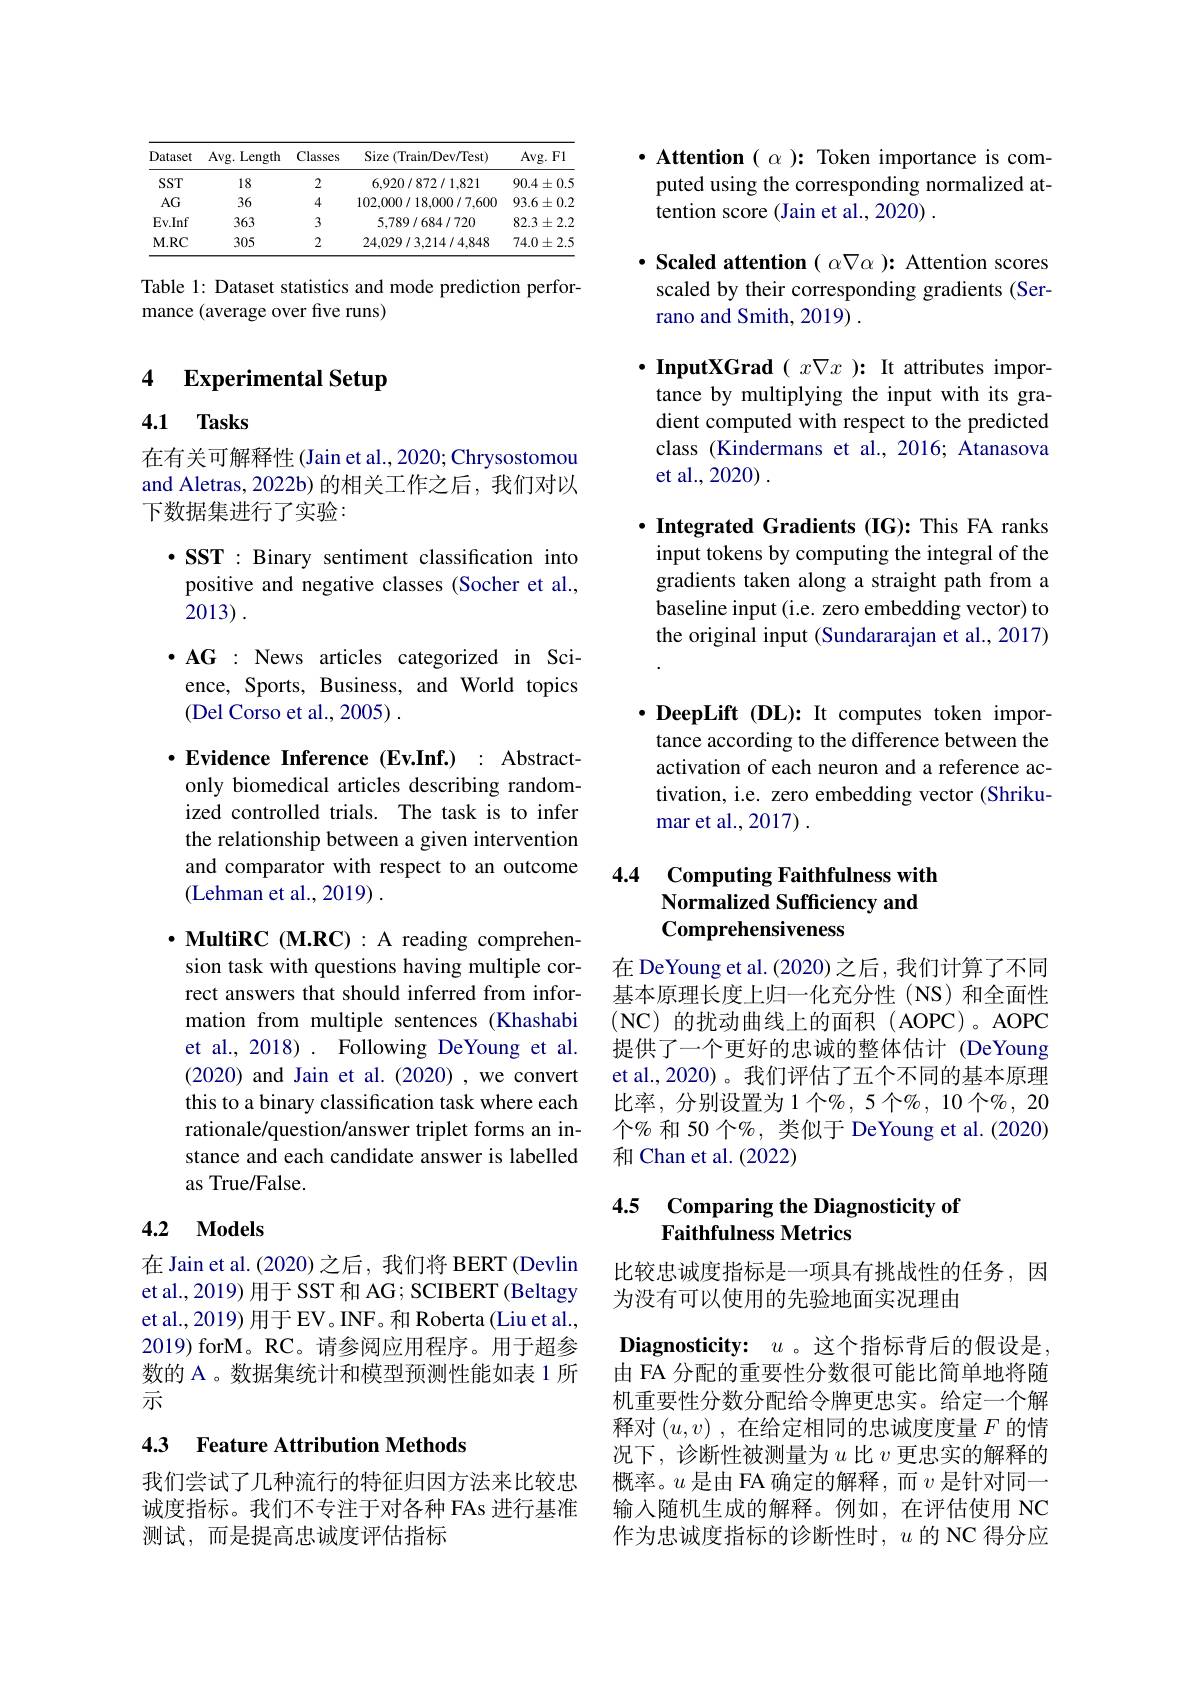
<table>
	<tbody>
		<tr>
			<th>Dataset</th>
			<th>Avg. Length</th>
			<th>Classes</th>
			<th>Size ( Train/ Dev/ Test) </th>
			<th>Avg. F1</th>
		</tr>
		<tr>
			<td>SST</td>
			<td>18</td>
			<td>2</td>
			<td>6,920/872/1.821</td>
			<td>$90.4\pm0.5$</td>
		</tr>
		<tr>
			<td>$AG$</td>
			<td>36</td>
			<td>4</td>
			<td>102,000/18,000/7,600</td>
			<td>$93.6\pm0.2$</td>
		</tr>
		<tr>
			<td>Ev. Inf</td>
			<td>363</td>
			<td>3</td>
			<td>5,789/684/720</td>
			<td>$82.3\pm2.2$</td>
		</tr>
		<tr>
			<td>$M.RC$</td>
			<td>305</td>
			<td>2</td>
			<td>24,029/3,214/4.848</td>
			<td>$74.0\pm2.5$</td>
		</tr>
	</tbody>
</table>

Table 1: Dataset statistics and mode prediction perfor-
mance (average over five runs)

## 4 Experimental Setup

### 4.1 Tasks

在有关可解释性(Jain et al., 2020; Chrysostomou and Aletras, 2022b) 的相关工作之后，我们对以下数据集进行了实验：

$\cdot\mathbf{SST}:$ Binary sentiment classification into positive and negative classes (Socher et al., 2013) .
$\bullet$AG : News articles categorized in Science, Sports, Business, and World topics (Del Corso et al., 2005) .
$\cdot$Evidence Inference(Ev.Inf.) : Abstractonly biomedical articles describing randomized controlled trials. The task is to infer the relationship between a given intervention and comparator with respect to an outcome (Lehman et al., 2019) .

$\cdot$ MultiRC (M.RC):A reading comprehension task with questions having multiple correct answers that should inferred from information from multiple sentences (Khashabi et al., 2018) . Following DeYoung et al. (2020) and Jain et al.(2020) ,we convert this to a binary classification task where each rationale/question/answer triplet forms an instance and each candidate answer is labelled as True/False.

## 4.2 Models

在 Jain et al. (2020) 之后，我们将 BERT (Devlin et al.,2019) 用于 SST 和 AG; SCIBERT (Beltagy et al., 2019) 用于 EV。INF。和 Roberta (Liu et al., 2019) forM。RC。请参阅应用程序。用于超参数的 A 。数据集统计和模型预测性能如表 1 所示

### 4.3 Feature Attribution Methods

我们尝试了几种流行的特征归因方法来比较忠诚度指标。我们不专注于对各种 FAs 进行基准测试，而是提高忠诚度评估指标

$\cdot$ Attention $(\alpha):$ Token importance is computed using the corresponding normalized attention score (Jain et al., 2020) .

$\cdot$ Scaled attention $(\alpha\nabla\alpha):$ Attention scores scaled by their corresponding gradients (Serrano and Smith, 2019) .

$\cdot \textbf{InputXGrad( }x\nabla x$ ): It attributes importance by multiplying the input with its gradient computed with respect to the predicted class (Kindermans et al.,2016; Atanasova et al., 2020) .

$\cdot$ Integrated Gradients (IG): This FA ranks input tokens by computing the integral of the gradients taken along a straight path from a baseline input (i.e. zero embedding vector) to the original input (Sundararajan et al., 2017)

$\cdot \textbf{DeepLift( DL) : It computes token impor- }$ tance according to the difference between the activation of each neuron and a reference activation, i.e. zero embedding vector (Shrikumar et al., 2017) .

## 4.4 Computing Faithfulness with Normalized Sufficiency and Comprehensiveness

在 DeYoung et al. (2020) 之后，我们计算了不同基本原理长度上归一化充分性(NS)和全面性(NC)的扰动曲线上的面积(AOPC)。AOPC 提供了一个更好的忠诚的整体估计 (DeYoung et al.,2020)。我们评估了五个不同的基本原理比率，分别设置为1个%,5 个$\%,10\uparrow\%,20$ 个%和 50 个$\%$, 类似于 DeYoung et al.(2020) 和 Chan et al. (2022)

### 4.5 Comparing the Diagnosticity of Faithfulness Metrics

比较忠诚度指标是一项具有挑战性的任务，因
为没有可以使用的先验地面实况理由

$\textbf{Diagnosticity: }$ $u$。这个指标背后的假设是由 FA 分配的重要性分数很可能比简单地将随机重要性分数分配给令牌更忠实。给定一个解释对$(u,v)$ ,在给定相同的忠诚度度量$F$的情况下，诊断性被测量为$u$比$v$更忠实的解释的概率。$u$是由 FA 确定的解释，而$v$是针对同一输入随机生成的解释。例如，在评估使用 NC 作为忠诚度指标的诊断性时，$u$的 NC 得分应